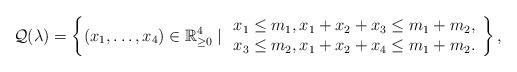
LaTeX: \begin{align*}\mathcal{Q}(\lambda) = \left\{ (x_1,\ldots,x_4) \in \mathbb{R}_{\geq 0}^4 \mid \begin{array}{c} x_1\leq m_1, x_1+x_2+x_3 \leq m_1 + m_2, \\ x_3\leq m_2, x_1+x_2+x_4\leq m_1+m_2.\end{array}\right\},\end{align*}